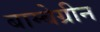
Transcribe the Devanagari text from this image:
बाम्बेग्रीन